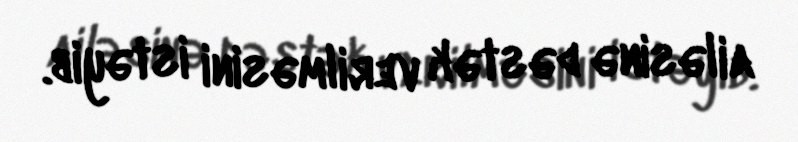
ailəsinə dəstək verilməsini istəyib.